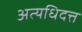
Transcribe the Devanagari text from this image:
अत्यधिदत्त